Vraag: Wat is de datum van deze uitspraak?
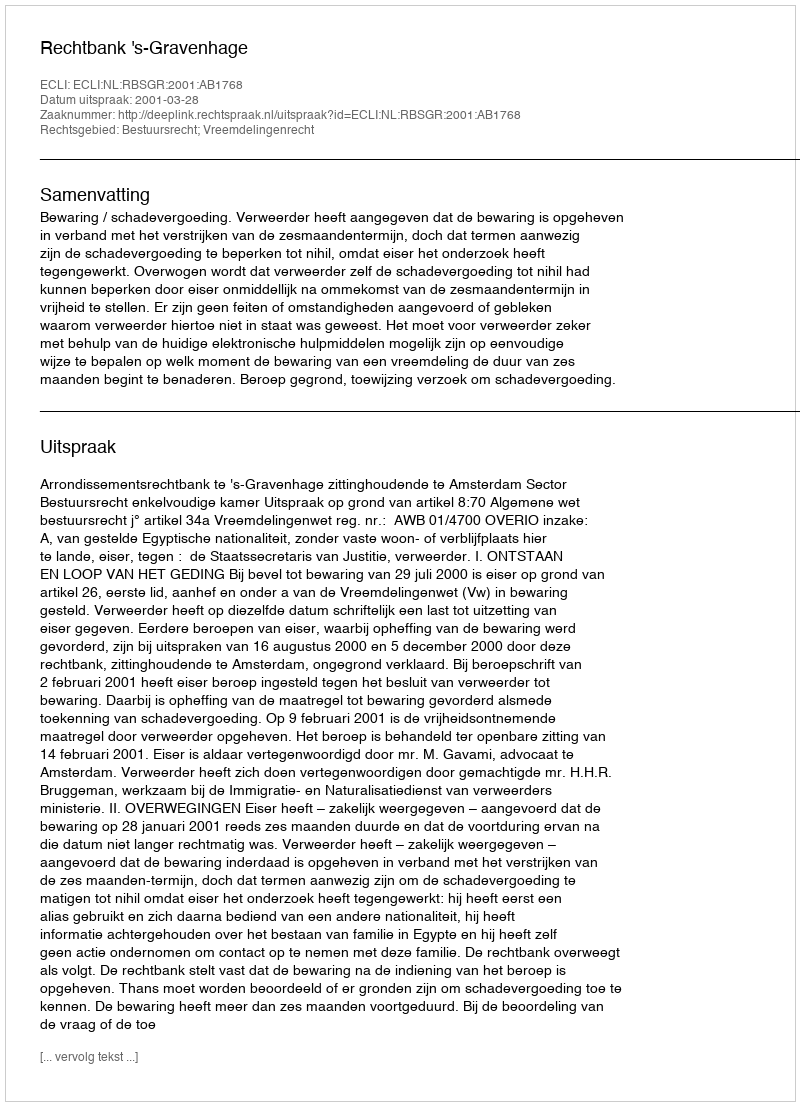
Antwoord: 2001-03-28